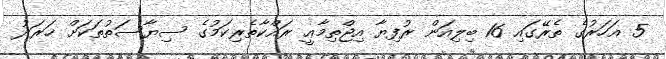
5 އަހަރުގެ ތެރޭގައި 16 ބިލިއަން ރުފިޔާ އިޖްތިމާޢީ ރައްކާތެރިކަމުގެ ސިޔާސަތުތަކަށް ޚަރަދު